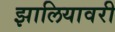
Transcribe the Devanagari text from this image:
झालियावरी